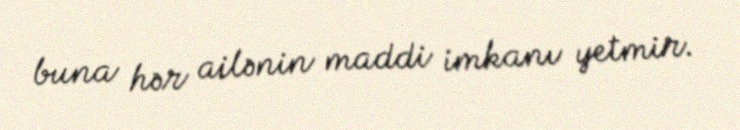
buna hər ailənin maddi imkanı yetmir.